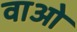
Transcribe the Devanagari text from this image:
वाओ